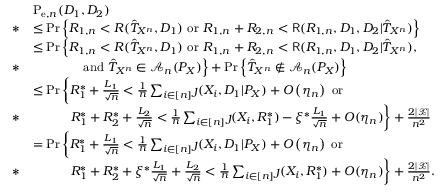
\begin{array} { r l } & { \mathrm { P } _ { \mathrm { e } , n } ( D _ { 1 } , D _ { 2 } ) } \\ { * } & { \leq \operatorname* { P r } \left\{ R _ { 1 , n } < R ( \hat { T } _ { X ^ { n } } , D _ { 1 } ) ~ \mathrm { o r } ~ R _ { 1 , n } + R _ { 2 , n } < \mathsf { R } ( R _ { 1 , n } , D _ { 1 } , D _ { 2 } | \hat { T } _ { X ^ { n } } ) \right\} } \\ & { \leq \operatorname* { P r } \Big \{ R _ { 1 , n } < R ( \hat { T } _ { X ^ { n } } , D _ { 1 } ) ~ \mathrm { o r } ~ R _ { 1 , n } + R _ { 2 , n } < \mathsf { R } ( R _ { 1 , n } , D _ { 1 } , D _ { 2 } | \hat { T } _ { X ^ { n } } ) , } \\ { * } & { \qquad \qquad \mathrm { a n d ~ } \hat { T } _ { X ^ { n } } \in \mathcal { A } _ { n } ( P _ { X } ) \Big \} + \operatorname* { P r } \left\{ \hat { T } _ { X ^ { n } } \notin \mathcal { A } _ { n } ( P _ { X } ) \right\} } \\ & { \leq \operatorname* { P r } \bigg \{ R _ { 1 } ^ { * } + \frac { L _ { 1 } } { \sqrt { n } } < \frac { 1 } { n } \sum _ { i \in [ n ] } \jmath ( X _ { i } , D _ { 1 } | P _ { X } ) + O \left( \eta _ { n } \right) ~ \mathrm { o r } } \\ { * } & { \qquad \quad R _ { 1 } ^ { * } + R _ { 2 } ^ { * } + \frac { L _ { 2 } } { \sqrt { n } } < \frac { 1 } { n } \sum _ { i \in [ n ] } \jmath ( X _ { i } , R _ { 1 } ^ { * } ) - \xi ^ { * } \frac { L _ { 1 } } { \sqrt { n } } + O ( \eta _ { n } ) \bigg \} + \frac { 2 | \mathcal { X } | } { n ^ { 2 } } } \\ & { = \operatorname* { P r } \bigg \{ R _ { 1 } ^ { * } + \frac { L _ { 1 } } { \sqrt { n } } < \frac { 1 } { n } \sum _ { i \in [ n ] } \jmath ( X _ { i } , D _ { 1 } | P _ { X } ) + O \left( \eta _ { n } \right) ~ \mathrm { o r } ~ } \\ { * } & { \qquad \quad R _ { 1 } ^ { * } + R _ { 2 } ^ { * } + \xi ^ { * } \frac { L _ { 1 } } { \sqrt { n } } + \frac { L _ { 2 } } { \sqrt { n } } < \frac { 1 } { n } \sum _ { i \in [ n ] } \jmath ( X _ { i } , R _ { 1 } ^ { * } ) + O ( \eta _ { n } ) \bigg \} + \frac { 2 | \mathcal { X } | } { n ^ { 2 } } . } \end{array}